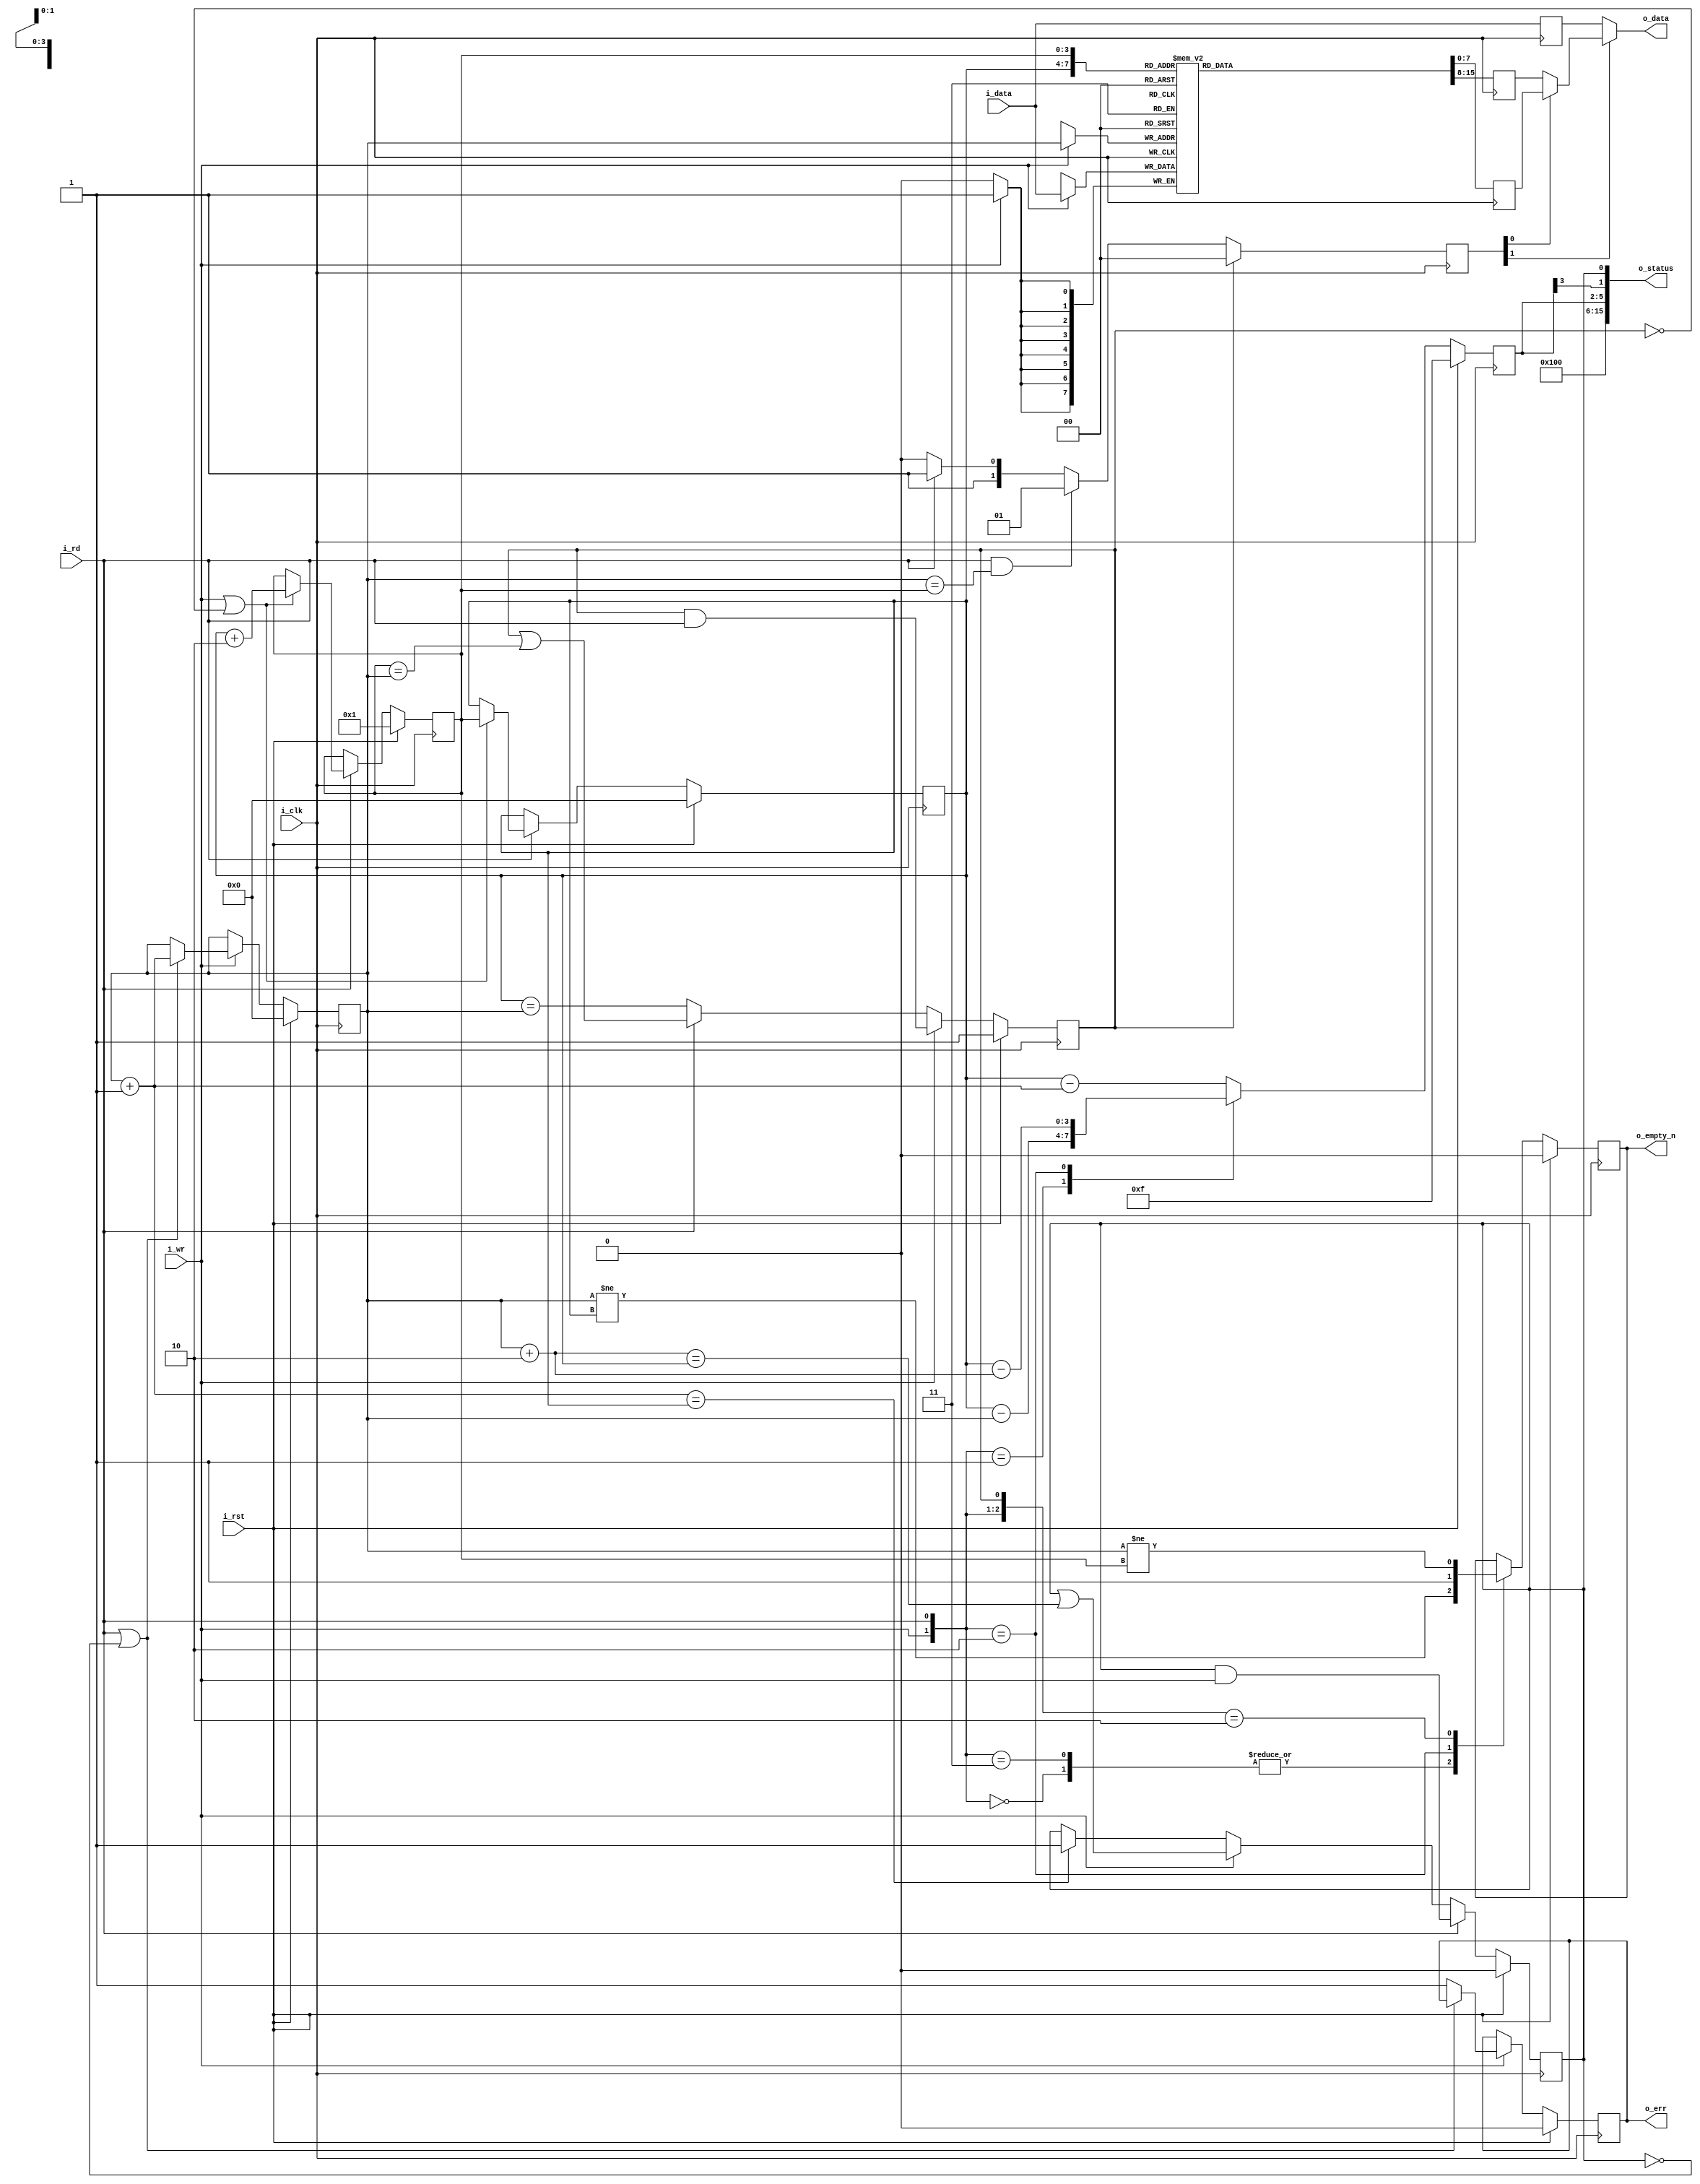
////////////////////////////////////////////////////////////////////////////////
//
//
// Project:	wbuart32, a full featured UART with simulator
//
// Purpose:	A synchronous data FIFO, designed for supporting the Wishbone
//		UART.  Particular features include the ability to read and
//	write on the same clock, while maintaining the correct output FIFO
//	parameters.  Two versions of the FIFO exist within this file, separated
//	by the RXFIFO parameter's value.  One, where RXFIFO = 1, produces status
//	values appropriate for reading and checking a read FIFO from logic, whereas
//	the RXFIFO = 0 applies to writing to the FIFO from bus logic and reading
//	it automatically any time the transmit UART is idle.
//
// Creator:	Dan Gisselquist, Ph.D.
//		Gisselquist Technology, LLC
//
////////////////////////////////////////////////////////////////////////////////
//
// Copyright (C) 2015-2017, Gisselquist Technology, LLC
//
// This program is free software (firmware): you can redistribute it and/or
// modify it under the terms of  the GNU General Public License as published
// by the Free Software Foundation, either version 3 of the License, or (at
// your option) any later version.
//
// This program is distributed in the hope that it will be useful, but WITHOUT
// ANY WARRANTY; without even the implied warranty of MERCHANTIBILITY or
// FITNESS FOR A PARTICULAR PURPOSE.  See the GNU General Public License
// for more details.
//
// You should have received a copy of the GNU General Public License along
// with this program.  (It's in the $(ROOT)/doc directory.  Run make with no
// target there if the PDF file isn't present.)  If not, see
// <http://www.gnu.org/licenses/> for a copy.
//
// License:	GPL, v3, as defined and found on www.gnu.org,
//		http://www.gnu.org/licenses/gpl.html
//
//
////////////////////////////////////////////////////////////////////////////////
//
//
`default_nettype	none
//
module ufifo(i_clk, i_rst, i_wr, i_data, o_empty_n, i_rd, o_data, o_status, o_err);
	parameter	BW=8;	// Byte/data width
	parameter [3:0]	LGFLEN=4;
	parameter 	RXFIFO=1'b0;
	input	wire		i_clk, i_rst;
	input	wire		i_wr;
	input	wire [(BW-1):0]	i_data;
	output	wire		o_empty_n;	// True if something is in FIFO
	input	wire		i_rd;
	output	wire [(BW-1):0]	o_data;
	output	wire	[15:0]	o_status;
	output	wire		o_err;

	localparam	FLEN=(1<<LGFLEN);

	reg	[(BW-1):0]	fifo[0:(FLEN-1)];
	reg	[(LGFLEN-1):0]	r_first, r_last, r_next;

	wire	[(LGFLEN-1):0]	w_first_plus_one, w_first_plus_two,
				w_last_plus_one;
	assign	w_first_plus_two = r_first + {{(LGFLEN-2){1'b0}},2'b10};
	assign	w_first_plus_one = r_first + {{(LGFLEN-1){1'b0}},1'b1};
	assign	w_last_plus_one  = r_next; // r_last  + 1'b1;

	reg	will_overflow;
	initial	will_overflow = 1'b0;
	always @(posedge i_clk)
		if (i_rst)
			will_overflow <= 1'b0;
		else if (i_rd)
			will_overflow <= (will_overflow)&&(i_wr);
		else if (i_wr)
			will_overflow <= (will_overflow)||(w_first_plus_two == r_last);
		else if (w_first_plus_one == r_last)
			will_overflow <= 1'b1;

	// Write
	reg	r_ovfl;
	initial	r_first = 0;
	initial	r_ovfl  = 0;
	always @(posedge i_clk)
		if (i_rst)
		begin
			r_ovfl <= 1'b0;
			r_first <= { (LGFLEN){1'b0} };
		end else if (i_wr)
		begin // Cowardly refuse to overflow
			if ((i_rd)||(!will_overflow)) // (r_first+1 != r_last)
				r_first <= w_first_plus_one;
			else
				r_ovfl <= 1'b1;
		end
	always @(posedge i_clk)
		if (i_wr) // Write our new value regardless--on overflow or not
			fifo[r_first] <= i_data;

	// Reads
	//	Following a read, the next sample will be available on the
	//	next clock
	//	Clock	ReadCMD	ReadAddr	Output
	//	0	0	0		fifo[0]
	//	1	1	0		fifo[0]
	//	2	0	1		fifo[1]
	//	3	0	1		fifo[1]
	//	4	1	1		fifo[1]
	//	5	1	2		fifo[2]
	//	6	0	3		fifo[3]
	//	7	0	3		fifo[3]
	reg	will_underflow;
	initial	will_underflow = 1'b1;
	always @(posedge i_clk)
		if (i_rst)
			will_underflow <= 1'b1;
		else if (i_wr)
			will_underflow <= (will_underflow)&&(i_rd);
		else if (i_rd)
			will_underflow <= (will_underflow)||(w_last_plus_one == r_first);
		else
			will_underflow <= (r_last == r_first);

	//
	// Don't report FIFO underflow errors.  These'll be caught elsewhere
	// in the system, and the logic below makes it hard to reset them.
	// We'll still report FIFO overflow, however.
	//
	// reg		r_unfl;
	// initial	r_unfl = 1'b0;
	initial	r_last = 0;
	always @(posedge i_clk)
		if (i_rst)
		begin
			r_last <= 0;
			r_next <= { {(LGFLEN-1){1'b0}}, 1'b1 };
			// r_unfl <= 1'b0;
		end else if (i_rd)
		begin
			if ((i_wr)||(!will_underflow)) // (r_first != r_last)
			begin
				r_last <= r_next;
				r_next <= r_last +{{(LGFLEN-2){1'b0}},2'b10};
				// Last chases first
				// Need to be prepared for a possible two
				// reads in quick succession
				// o_data <= fifo[r_last+1];
			end
			// else r_unfl <= 1'b1;
		end

	reg	[(BW-1):0]	fifo_here, fifo_next, r_data;
	always @(posedge i_clk)
		fifo_here <= fifo[r_last];
	always @(posedge i_clk)
		fifo_next <= fifo[r_next];
	always @(posedge i_clk)
		r_data <= i_data;

	reg	[1:0]	osrc;
	always @(posedge i_clk)
		if (will_underflow)
			// o_data <= i_data;
			osrc <= 2'b00;
		else if ((i_rd)&&(r_first == w_last_plus_one))
			osrc <= 2'b01;
		else if (i_rd)
			osrc <= 2'b11;
		else
			osrc <= 2'b10;
	assign o_data = (osrc[1]) ? ((osrc[0])?fifo_next:fifo_here) : r_data;

	// wire	[(LGFLEN-1):0]	current_fill;
	// assign	current_fill = (r_first-r_last);

	reg	r_empty_n;
	initial	r_empty_n = 1'b0;
	always @(posedge i_clk)
		if (i_rst)
			r_empty_n <= 1'b0;
		else casez({i_wr, i_rd, will_underflow})
			3'b00?: r_empty_n <= (r_first != r_last);
			3'b11?: r_empty_n <= (r_first != r_last);
			3'b10?: r_empty_n <= 1'b1;
			3'b010: r_empty_n <= (r_first != w_last_plus_one);
			// 3'b001: r_empty_n <= 1'b0;
			default: begin end
		endcase

	wire	w_full_n;
	assign	w_full_n = will_overflow;

	//
	// If this is a receive FIFO, the FIFO count that matters is the number
	// of values yet to be read.  If instead this is a transmit FIFO, then 
	// the FIFO count that matters is the number of empty positions that
	// can still be filled before the FIFO is full.
	//
	// Adjust for these differences here.
	reg	[(LGFLEN-1):0]	r_fill;
	initial	r_fill = 0;
	always @(posedge i_clk)
		if (RXFIFO!=0) begin
			// Calculate the number of elements in our FIFO
			//
			// Although used for receive, this is actually the more
			// generic answer--should you wish to use the FIFO in
			// another context.
			if (i_rst)
				r_fill <= 0;
			else case({(i_wr)&&(!will_overflow), (i_rd)&&(!will_underflow)})
			2'b01:   r_fill <= r_first - r_next;
			2'b10:   r_fill <= r_first - r_last + 1'b1;
			default: r_fill <= r_first - r_last;
			endcase
		end else begin
			// Calculate the number of elements that are empty and
			// can be filled within our FIFO.  Hence, this is really
			// not the fill, but (SIZE-1)-fill.
			if (i_rst)
				r_fill <= { (LGFLEN){1'b1} };
			else case({i_wr, i_rd})
			2'b01:   r_fill <= r_last - r_first;
			2'b10:   r_fill <= r_last - w_first_plus_two;
			default: r_fill <= r_last - w_first_plus_one;
			endcase
		end

	// We don't report underflow errors.  These
	assign o_err = (r_ovfl); //  || (r_unfl);

	wire	[3:0]	lglen;
	assign lglen = LGFLEN;

	wire	[9:0]	w_fill;
	assign	w_fill[(LGFLEN-1):0] = r_fill;
	generate if (LGFLEN < 10)
		assign w_fill[9:(LGFLEN)] = 0;
	endgenerate

	wire	w_half_full;
	assign	w_half_full = r_fill[(LGFLEN-1)];

	assign	o_status = {
		// Our status includes a 4'bit nibble telling anyone reading
		// this the size of our FIFO.  The size is then given by
		// 2^(this value).  Hence a 4'h4 in this position means that the
		// FIFO has 2^4 or 16 values within it.
		lglen,
		// The FIFO fill--for a receive FIFO the number of elements
		// left to be read, and for a transmit FIFO the number of
		// empty elements within the FIFO that can yet be filled.
		w_fill,
		// A '1' here means a half FIFO length can be read (receive
		// FIFO) or written to (not a receive FIFO).
		// receive FIFO), or be written to (if it isn't).
		(RXFIFO!=0)?w_half_full:w_half_full,
		// A '1' here means the FIFO can be read from (if it is a
		// receive FIFO), or be written to (if it isn't).
		(RXFIFO!=0)?r_empty_n:w_full_n
	};

	assign	o_empty_n = r_empty_n;
	
endmodule